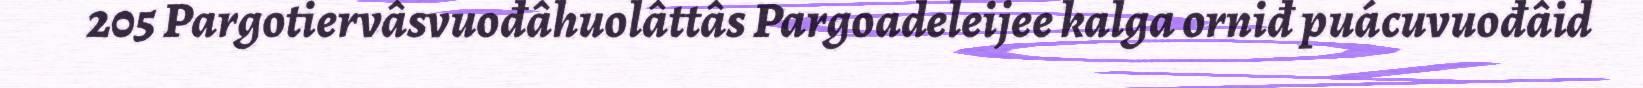
205 Pargotiervâsvuođâhuolâttâs Pargoadeleijee kalga orniđ puácuvuođâid